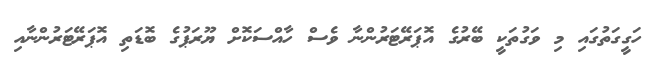
ހަގީގަތުގައި މި ވަގުތަކީ ބޭރުގެ އޮޕަރޭޓަރުންނާ ވެސް ހާއްސަކޮށް ޔޫރަޕުގެ ބޮޑަތި އޮޕަރޭޓަރުންނާއި